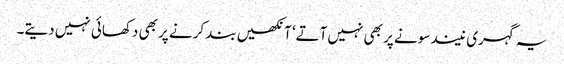
یہ گہری نیند سونے پر بھی نہیں آتے‘ آنکھیں بند کرنے پر بھی دکھائی نہیں دیتے۔